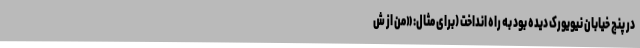
در پنج خیابان نیویورک دیده بود به راه انداخت (برای مثال: «من از ش